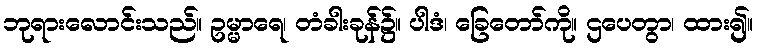
ဘုရားလောင်းသည်။ ဥမ္မာရေ၊ တံခါးခုန်၌။ ပါဒံ၊ ခြေတော်ကို။ ဌပေတွာ၊ ထား၍။